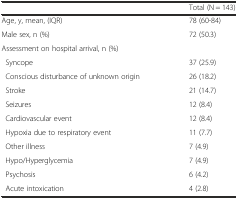
|  | Total (N = 143) |
 | --- | --- |
 | Age, y, mean, (IQR) | 78 (60-84) |
 | Male sex, n (%) | 72 (50.3) |
 | Assessment on hospital arrival, n (%) |  |
 | Syncope | 37 (25.9) |
 | Conscious disturbance of unknown origin | 26 (18.2) |
 | Stroke | 21 (14.7) |
 | Seizures | 12 (8.4) |
 | Cardiovascular event | 12 (8.4) |
 | Hypoxia due to respiratory event | 11 (7.7) |
 | Other illness | 7 (4.9) |
 | Hypo/Hyperglycemia | 7 (4.9) |
 | Psychosis | 6 (4.2) |
 | Acute intoxication | 4 (2.8) |